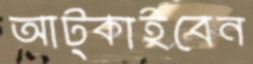
আট্‌কাইবেন